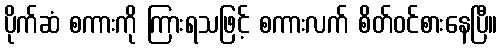
ပိုက်ဆံ စကားကို ကြားရသဖြင့် စကားလက် စိတ်ဝင်စားနေပြီ။